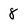
Character: 8